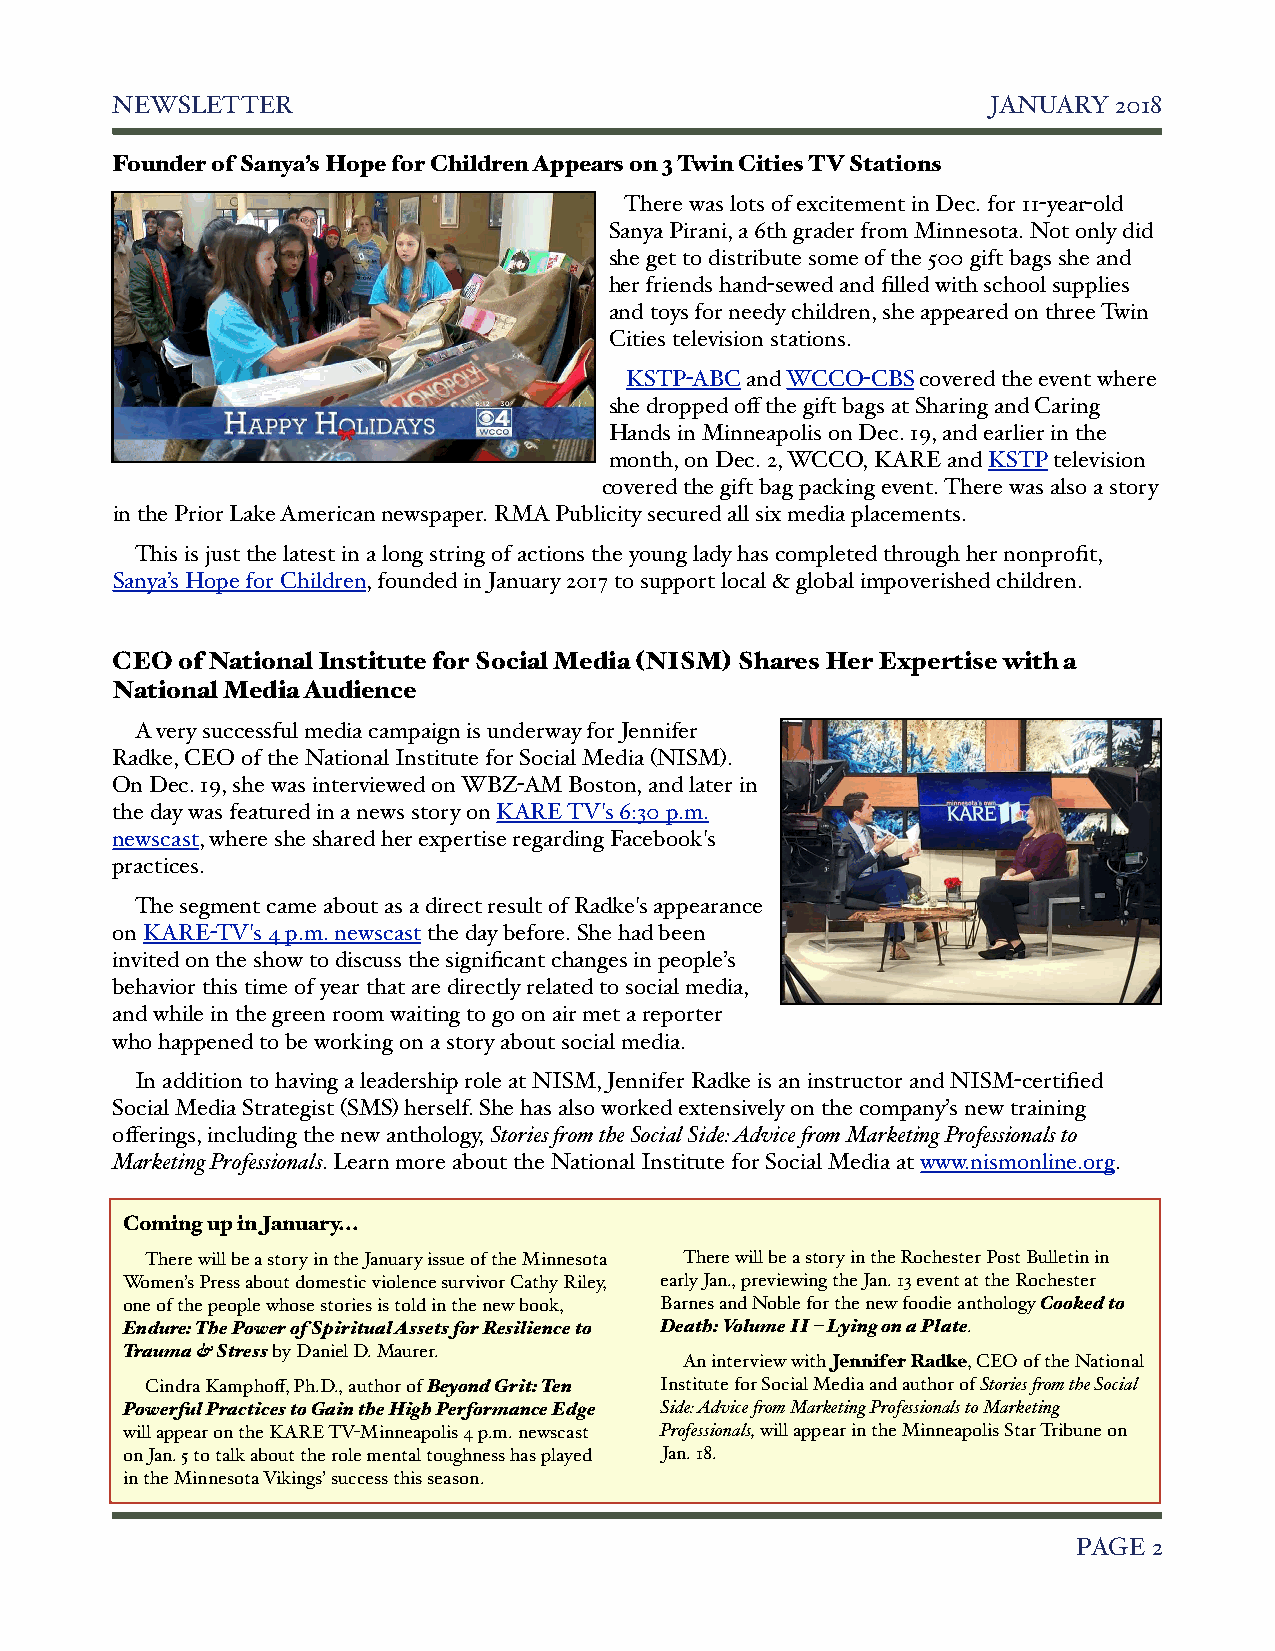
NEWSLETTER!                                                JANUARY 2018
 Founder of Sanya’s Hope for Children Appears on 3 Twin Cities TV Stations
 There was lots of excitement in Dec. for 11-year-old
 Sanya Pirani, a 6th grader from Minnesota. Not only did
 she get to distribute some of the 500 gift bags she and
 her friends hand-sewed and filled with school supplies
 and toys for needy children, she appeared on three Twin
 Cities television stations.
 KSTP-ABC and WCCO-CBS covered the event where
 she dropped off the gift bags at Sharing and Caring
 Hands in Minneapolis on Dec. 19, and earlier in the
 month, on Dec. 2, WCCO, KARE and KSTP television
 covered the gift bag packing event. There was also a story
 in the Prior Lake American newspaper. RMA Publicity secured all six media placements.
 This is just the latest in a long string of actions the young lady has completed through her nonprofit,
 Sanya’s Hope for Children, founded in January 2017 to support local & global impoverished children.
 CEO  of National Institute for Social Media (NISM) Shares Her Expertise with a
 National Media Audience
 A very successful media campaign is underway for Jennifer
 Radke, CEO of the National Institute for Social Media (NISM).
 On Dec. 19, she was interviewed on WBZ-AM Boston, and later in
 the day was featured in a news story on KARE TV's 6:30 p.m.
 newscast, where she shared her expertise regarding Facebook's
 practices.
 The segment came about as a direct result of Radke's appearance
 on KARE-TV's 4 p.m. newscast the day before. She had been
 invited on the show to discuss the significant changes in people’s
 behavior this time of year that are directly related to social media,
 and while in the green room waiting to go on air met a reporter
 who happened to be working on a story about social media.
 In addition to having a leadership role at NISM, Jennifer Radke is an instructor and NISM-certified
 Social Media Strategist (SMS) herself. She has also worked extensively on the company’s new training
 offerings, including the new anthology, Stories from the Social Side: Advice from Marketing Professionals to
 Marketing Professionals. Learn more about the National Institute for Social Media at www.nismonline.org.
 Coming up in January...
 There will be a story in the January issue of the Minnesota There will be a story in the Rochester Post Bulletin in
 Women’s Press about domestic violence survivor Cathy Riley, early Jan., previewing the Jan. 13 event at the Rochester
 one of the people whose stories is told in the new book, Barnes and Noble for the new foodie anthology Cooked to
 Endure: The Power of Spiritual Assets for Resilience to Death: Volume II – Lying on a Plate.
 Trauma & Stress by Daniel D. Maurer.
 An interview with Jennifer Radke, CEO of the National
 Cindra Kamphoff, Ph.D., author of Beyond Grit: Ten Institute for Social Media and author of Stories from the Social
 Powerful Practices to Gain the High Performance Edge Side: Advice from Marketing Professionals to Marketing
 will appear on the KARE TV-Minneapolis 4 p.m. newscast Professionals, will appear in the Minneapolis Star Tribune on
 on Jan. 5 to talk about the role mental toughness has played Jan. 18.
 in the Minnesota Vikings’ success this season.
 !                                                              PAGE 2